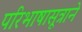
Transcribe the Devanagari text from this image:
परिभाषासूत्राने